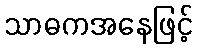
သာဓကအနေဖြင့်